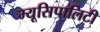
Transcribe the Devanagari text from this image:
म्यूसिपालिटी